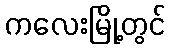
ကလေးမြို့တွင်